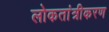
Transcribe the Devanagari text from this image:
लोकतांत्रीकरण